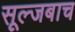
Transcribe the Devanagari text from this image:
सूल्जबाच